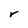
Character: r